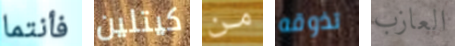
فأنتما كيتلين من تذوقه العازب